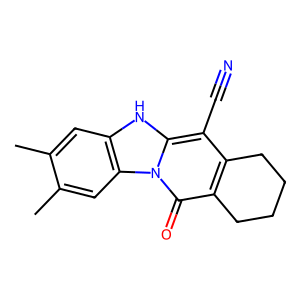
SMILES: Cc1cc2[nH]c3c(C#N)c4c(c(=O)n3c2cc1C)CCCC4
Inhibits HIV replication: No